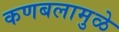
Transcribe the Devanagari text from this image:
कणबलामुळे